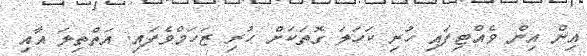
އިން އިން ވެއްޓިފައި ހުރި ކަހަލަ ގޮތަކަށް ހުރި ޒަހަމްވެފައި. އަތްތިލަ އާއި